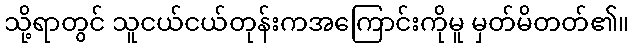
သို့ရာတွင် သူငယ်ငယ်တုန်းကအကြောင်းကိုမူ မှတ်မိတတ်၏။